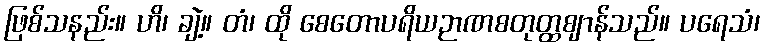
ဖြစ်သနည်း။ ဟိ၊ ချဲ့။ တံ၊ ထို စေတောပရိယဉာဏစတုတ္ထဈာန်သည်။ ပရေသံ၊